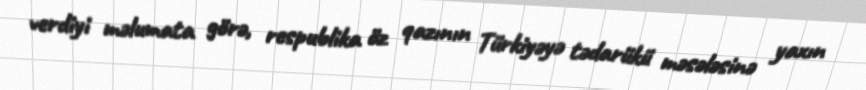
verdiyi məlumata görə, respublika öz qazının Türkiyəyə tədarükü məsələsinə yaxın